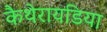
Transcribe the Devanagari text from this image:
कैथेरायडिया